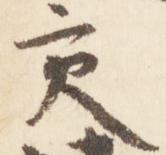
交